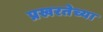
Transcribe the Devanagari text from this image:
प्रखरतेच्या